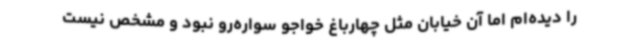
را دیده‌ام اما آن خیابان مثل چهارباغ خواجو سواره‌رو نبود و مشخص نیست